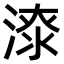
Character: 𣸷